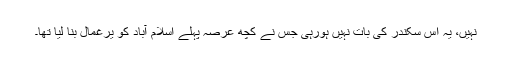
نہیں، یہ اس سکندر کی بات نہیں ہورہی جس نے کچھ عرصہ پہلے اسلام آباد کو یرغمال بنا لیا تھا۔